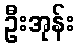
ဦးအုန်း